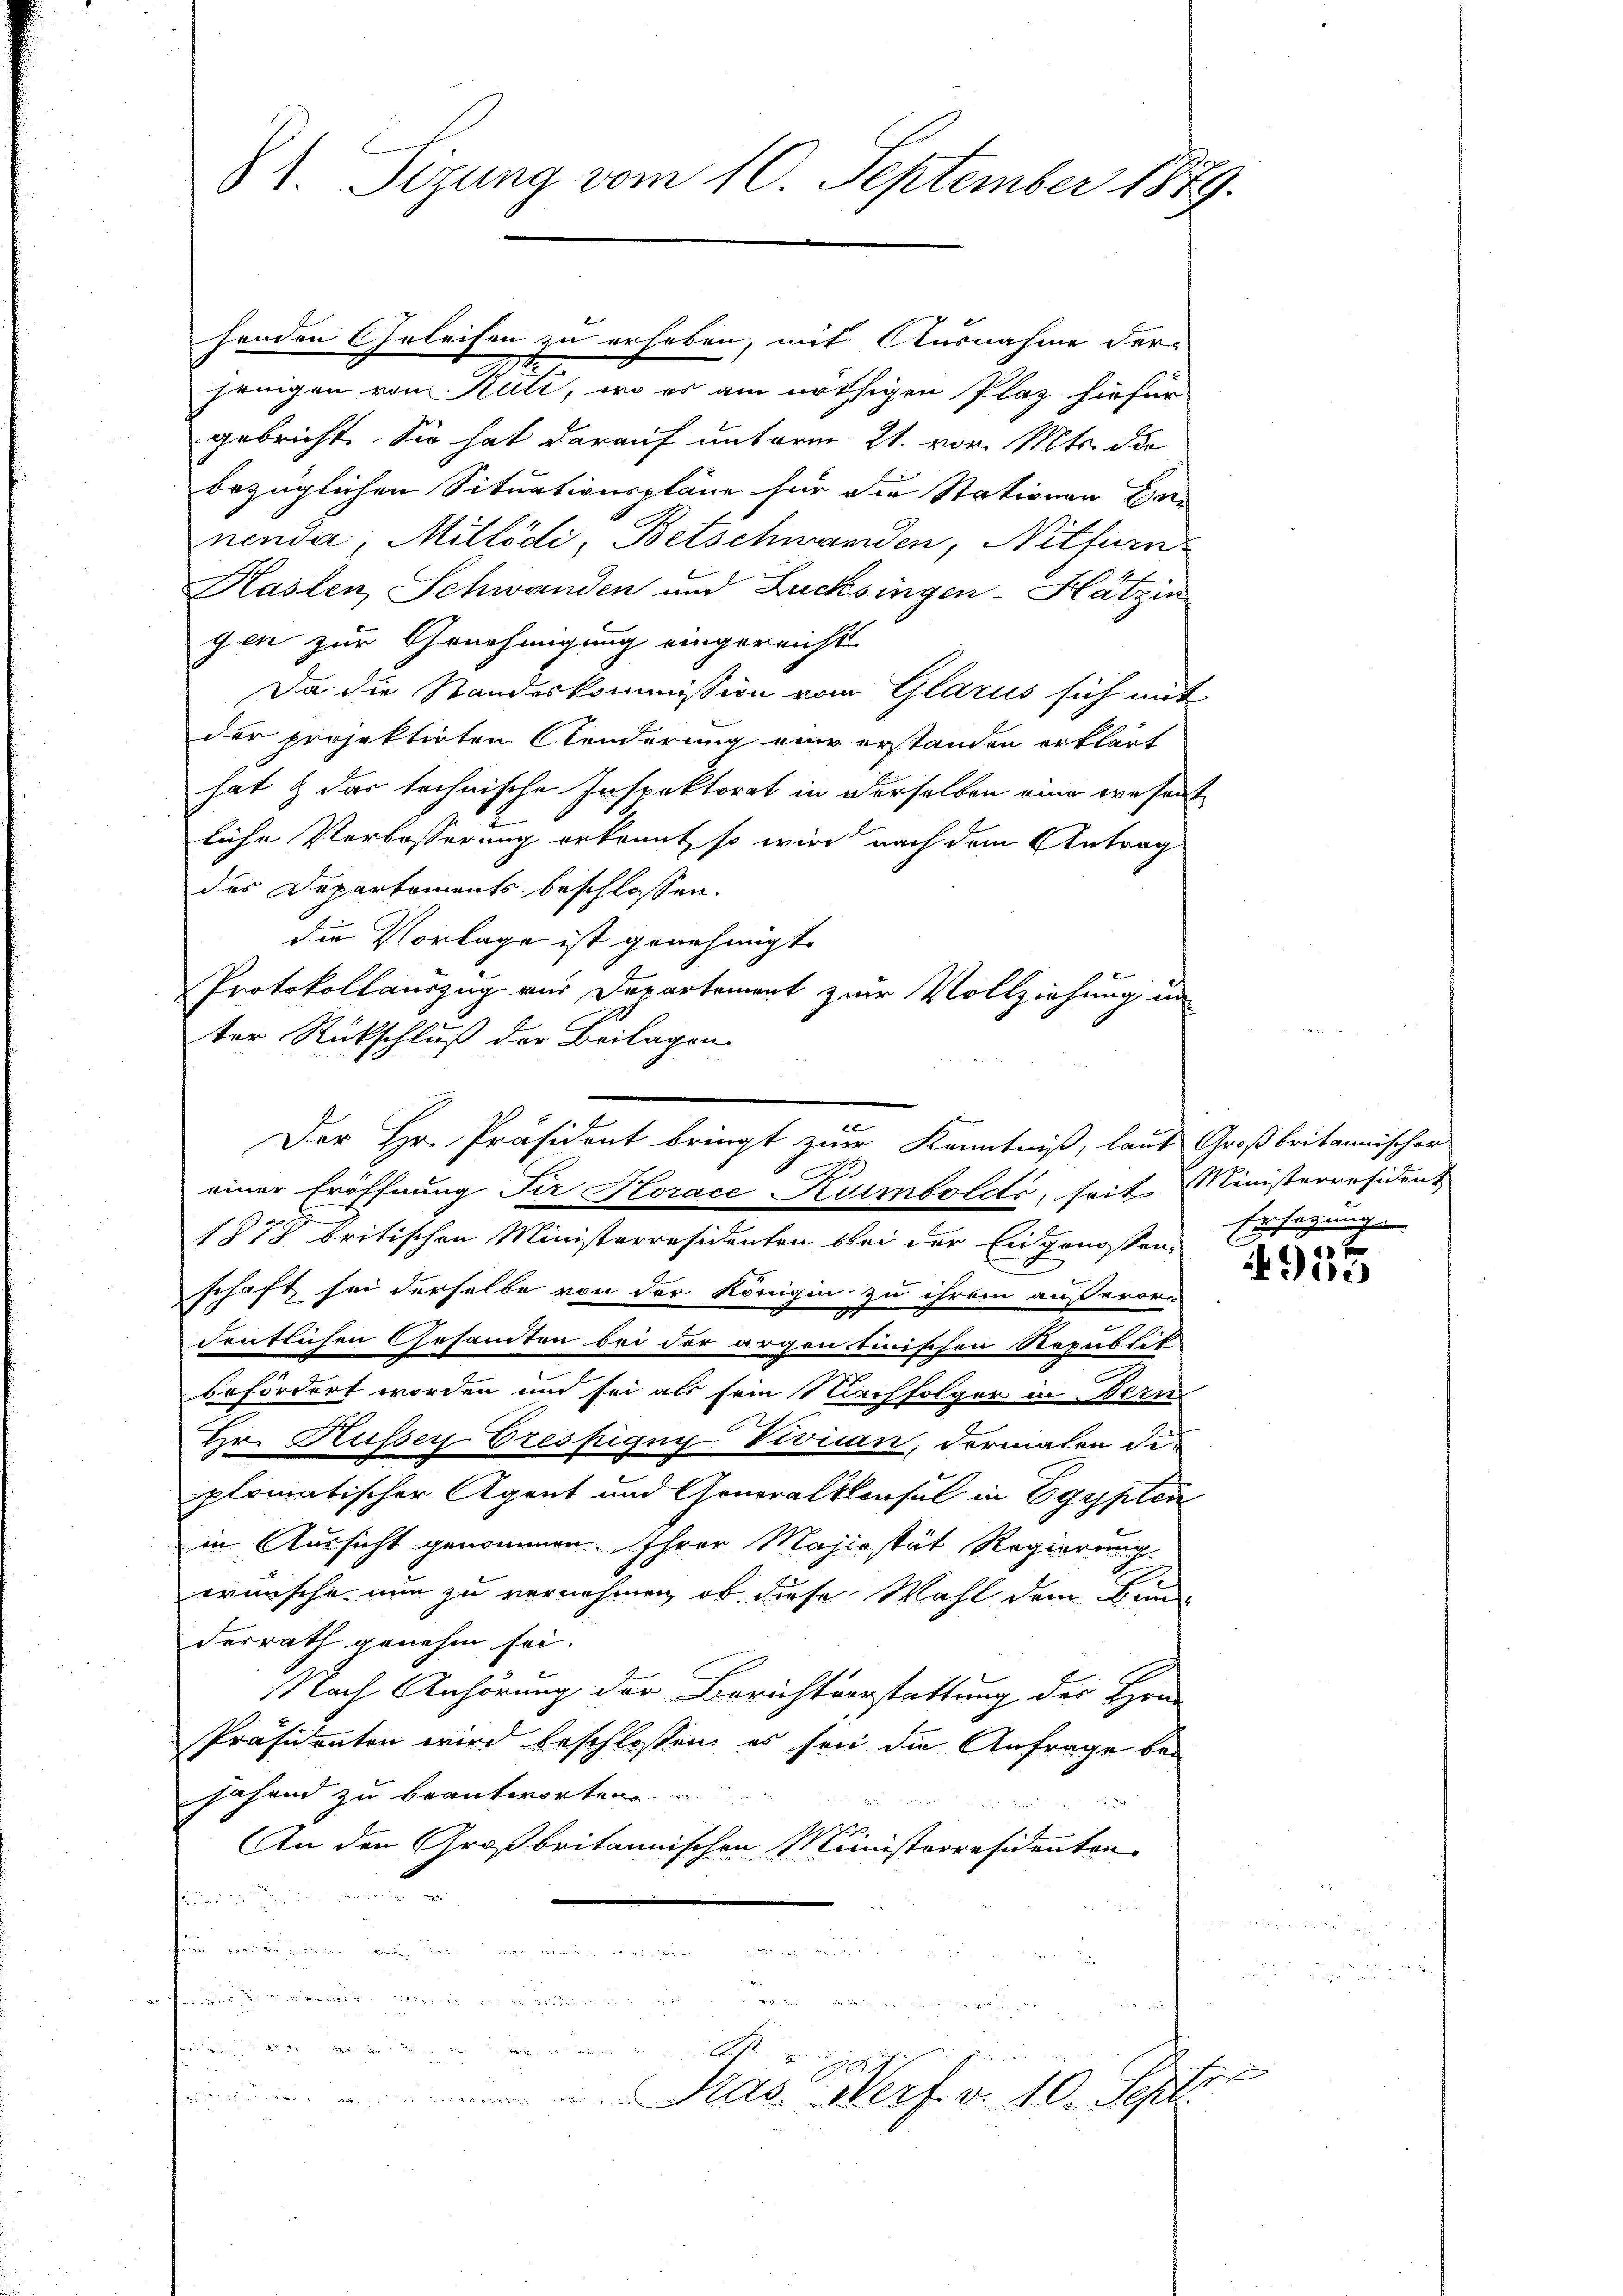
81. Sizung vom 10. September 1879.

henden Geleisen zu erheben, mit Ausnahme der
jenigen von Rüti, wo es am nöthigen Plaz hiefür
gebricht. Sie hat darauf unterm 21. vor. Mts. die
bezüglichen Situationspläne für die Stationen Ver
nender, Mitlödi, Betschwanden, Nilfurn
Haslen Schwanden und Lucksingen-Hatzin
gen zur Genehmigung eingereicht
Da die Standeskommission vom Glarus sich mit
der projektirten Aenderung eine erstanden erklärt
hat & dar technische Inspektorat in derselben eine wesent
liche Vorbesserung erkennt, so wird nach dem Antrag
des Departements beschlossen.
die Vorlage ist genehmigt.
ter Rückschluß der Beilagen
1878 britischen Ministerresidenten bei der Eidgenossen,
schaft sei derselbe von der Königin zu ihrem außerord-
.
deutlichen Gesamten bei der argentinischen Republik
befördert worden und sei als sein Machfolger in Bern
Hr. Kusser respigny Viviian, dermalen die
plomatischer Agent und Generalkonsul in Egypten
in Aussicht genommen. Ihrer Majestät Regierung
wünsche nun zu vernehmen, ob diese Wahl dem Bundesrath genehm sei.
Nach Anhörung der Berichtverstattung der Hrn
Präsidenten wird beschlossen, es sei die Anfrage bejähend zu beantworten

An den Großbritannischen Ministerresidenten
s
een in den

14

Protokollauszug aus Departement zur Vollziehung un
Der Hr. Präsident bringt zur Kenntniß, laut Großbritannischer
einer Eröffnung fir Horace Kumbolds, seit Ministerresident

Pras. Merf. v. 10. Sept.

Ersezung

s

955